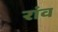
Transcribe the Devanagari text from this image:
रांव